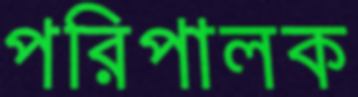
পরিপালক